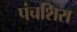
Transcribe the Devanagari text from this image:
पंचशिरा